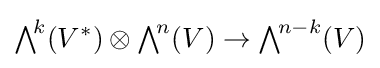
{\textstyle \bigwedge }^{\!k}(V^{*})\otimes {\textstyle \bigwedge }^{\!n}(V)\to {\textstyle \bigwedge }^{\!n-k}(V)